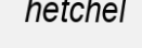
hetchel